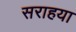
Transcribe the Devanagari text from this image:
सराहया